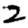
Digit: 2